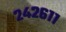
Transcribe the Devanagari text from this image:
२४२६११